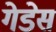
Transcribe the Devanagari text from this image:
गेडेस